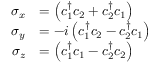
\begin{array} { r l } { \sigma _ { x } } & { = \left( c _ { 1 } ^ { \dagger } c _ { 2 } + c _ { 2 } ^ { \dagger } c _ { 1 } \right) } \\ { \sigma _ { y } } & { = - i \left( c _ { 1 } ^ { \dagger } c _ { 2 } - c _ { 2 } ^ { \dagger } c _ { 1 } \right) } \\ { \sigma _ { z } } & { = \left( c _ { 1 } ^ { \dagger } c _ { 1 } - c _ { 2 } ^ { \dagger } c _ { 2 } \right) } \end{array}